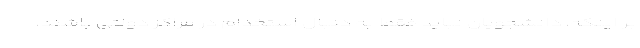
بر اینکه، دانشجویان نباید فقط به دنبال استخدام در مراکز دولتی باشند،